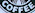
COFFEE